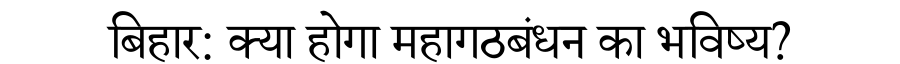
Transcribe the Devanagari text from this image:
बिहार: क्या होगा महागठबंधन का भविष्य?